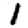
Digit: 1